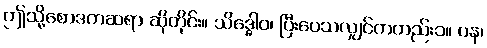
ဤသို့စောဒကဆရာ ဆိုတိုင်း။ သိဒ္ဓေါဝ၊ ပြီးပေသလျှင်ကတည်း၁။ ပန၊